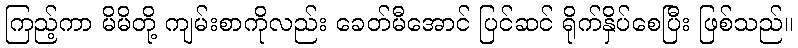
ကြည့်ကာ မိမိတို့ ကျမ်းစာကိုလည်း ခေတ်မီအောင် ပြင်ဆင် ရိုက်နှိပ်စေပြီး ဖြစ်သည်။